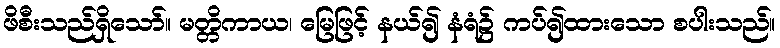
ဖိစီးသည်ရှိသော်။ မတ္တိကာယ၊ မြေဖြင့် နယ်၍ နံရံ၌ ကပ်၍ထားသော စပါးသည်။